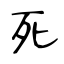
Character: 死